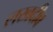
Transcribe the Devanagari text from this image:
लखदीव